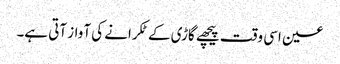
عین اسی وقت پیچھے گاڑی کے ٹکرانے کی آواز آتی ہے۔